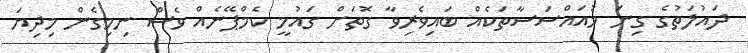
ދައުލަތުގެ ގިނަ މުއައްސަސާތަކެއް ބައިވެރިވާ ގޮތަށް ގައުމީ ކެމްޕޭނެއް ވެސް ނިމިގެން މިދިޔަ